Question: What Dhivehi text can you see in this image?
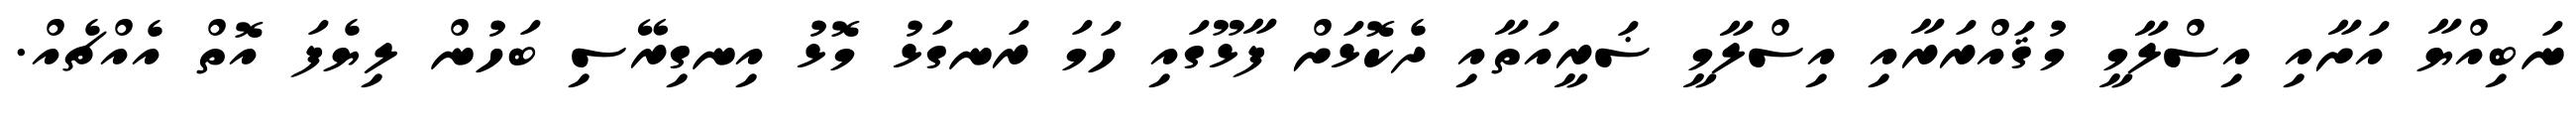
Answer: ނަބިއްޔާ އަށާއި އިސްލާމީ މުޤައްރަރާއި އިސްލާމީ ޟަރީއަތާއި ދެކޮޅަށް ފާޅޫގައި ހަމަ ރަނގަޅު މޮޅު އިނގިރޭސި ބަހުން ލިޔެފަ އޮތް އެއްޗެއް.